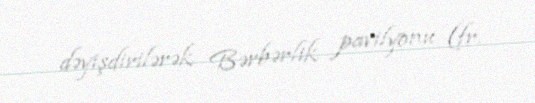
dəyişdirilərək Bərbərlik pavilyonu (fr.